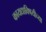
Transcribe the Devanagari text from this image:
कायद्याविषयीच्या